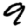
Digit: 9